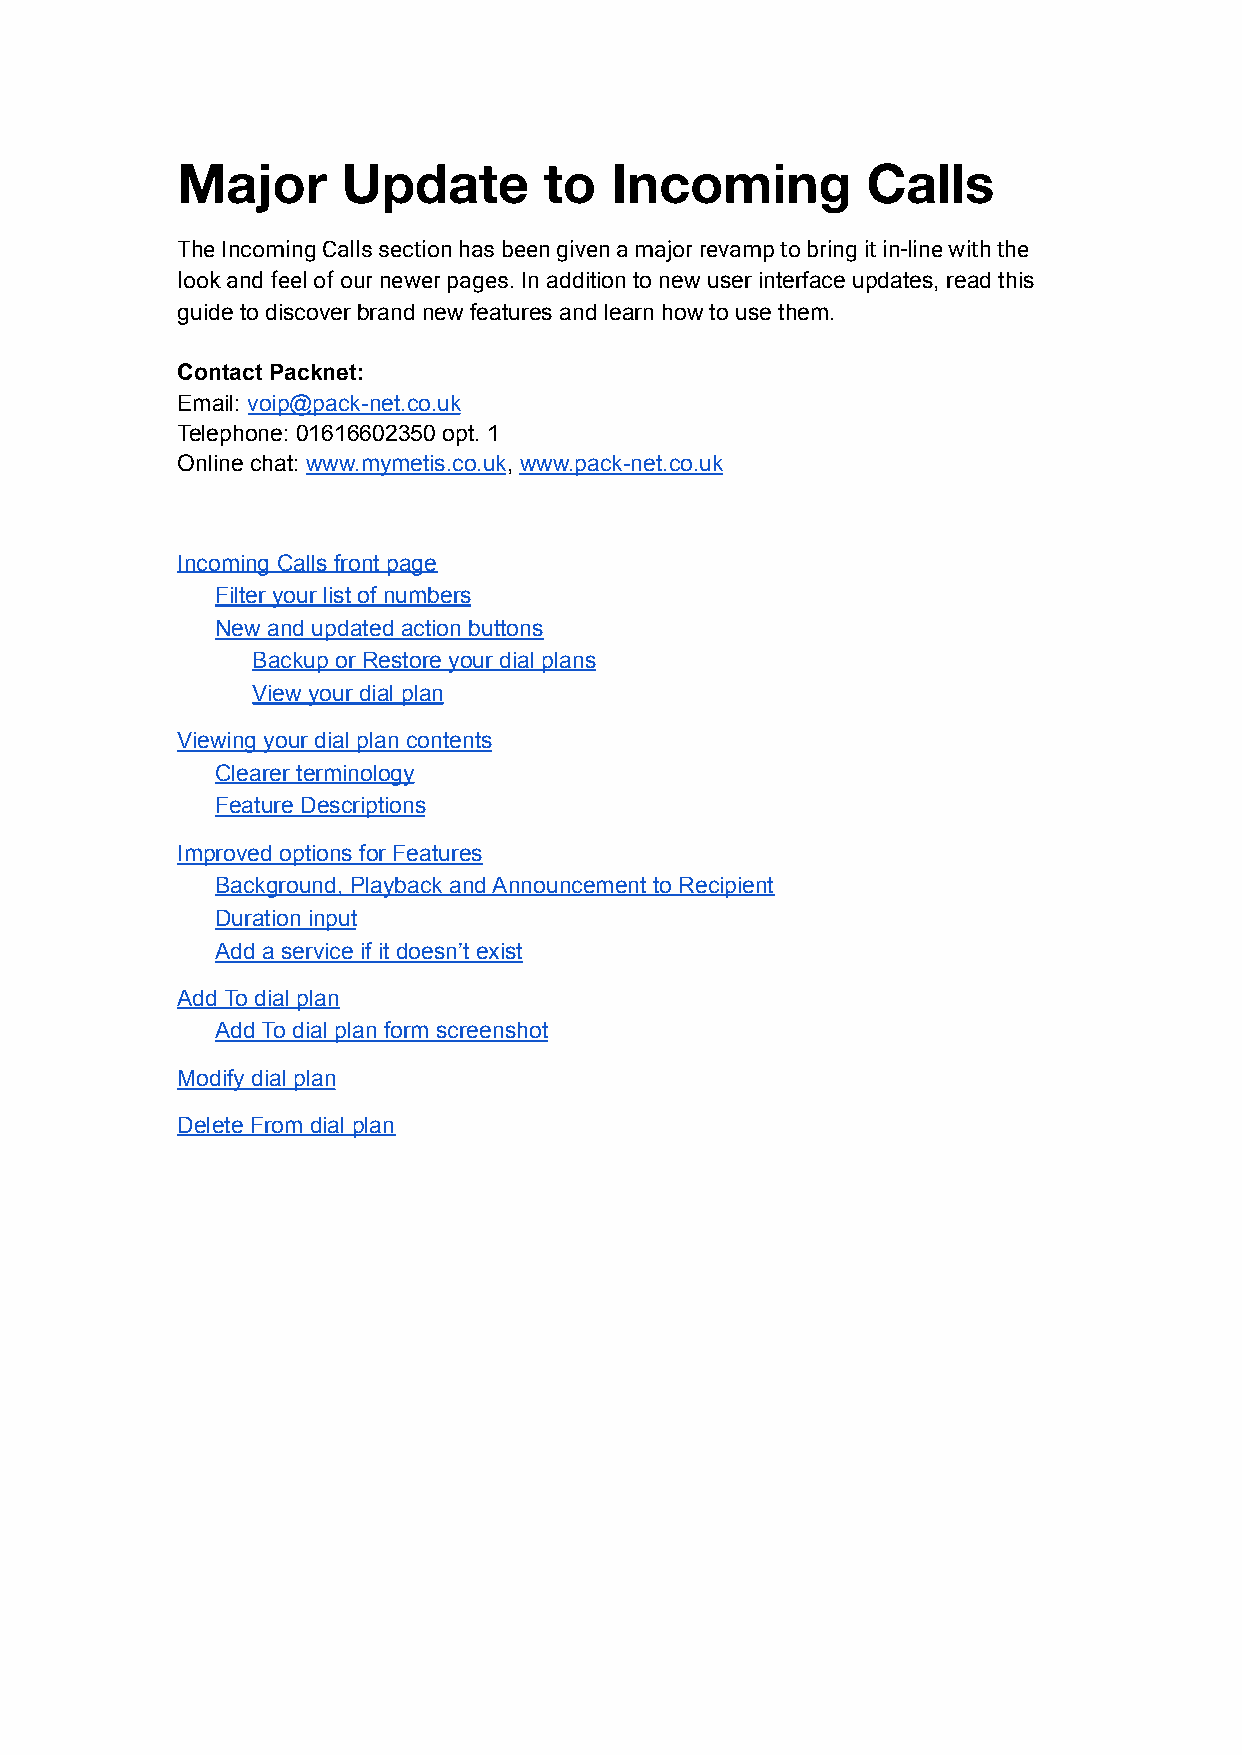
Major      Update       to  Incoming         Calls
 The Incoming Calls section has been given a major revamp to bring it in-line with the
 look and feel of our newer pages. In addition to new user interface updates, read this
 guide to discover brand new features and learn how to use them.
 Contact Packnet:
 Email: voip@pack-net.co.uk
 Telephone: 01616602350 opt. 1
 Online chat: www.mymetis.co.uk, www.pack-net.co.uk
 Incoming Calls front page
 Filter your list of numbers
 New and updated action buttons
 Backup or Restore your dial plans
 View your dial plan
 Viewing your dial plan contents
 Clearer terminology
 Feature Descriptions
 Improved options for Features
 Background, Playback and Announcement to Recipient
 Duration input
 Add a service if it doesn’t exist
 Add To dial plan
 Add To dial plan form screenshot
 Modify dial plan
 Delete From dial plan